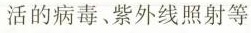
活的病毒、紫外线照射等